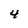
Character: 4